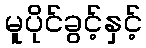
မူပိုင်ခွင့်နှင့်